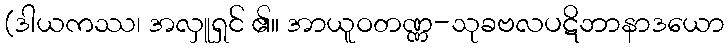
(ဒါယကဿ၊ အလှူရှင် ၏။ အာယူဝတဏ္ဏ-သုခဗလပဋိဘာနာဒယော